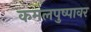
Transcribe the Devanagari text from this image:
कमलपुष्पावर